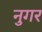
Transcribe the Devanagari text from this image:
नुगर